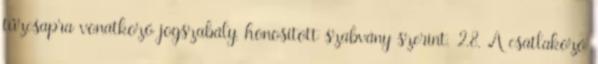
tûzcsapra vonatkozó jogszabály, honosított szabvány szerint. 2.8. A csatlakozó